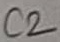
Text: C2